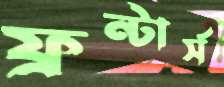
ফ্রন্টার্স